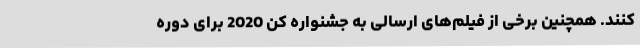
کنند. همچنین برخی از فیلم‌های ارسالی به جشنواره کن 2020 برای دوره